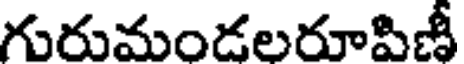
గురుమండలరూపిణీ